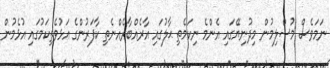
ނަމަވެސް މުސްލިމުން މިދުނިޔޭގައި އެންމެ ނިކަމެތި ޙާލުގައި އާރެއްބާރެއްނެތި ކާފަރުންގެ އަޅުވެތިކަމުގައި އުޅެމުން